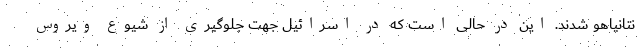
نتانیاهو شدند. این در حالی است که در اسرائیل جهت جلوگیری از شیوع ویروس